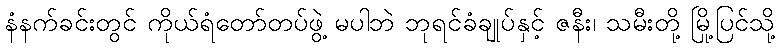
နံနက်ခင်းတွင် ကိုယ်ရံတော်တပ်ဖွဲ့ မပါဘဲ ဘုရင်ခံချုပ်နှင့် ဇနီး၊ သမီးတို့ မြို့ပြင်သို့